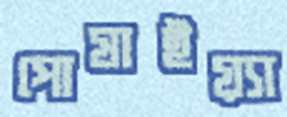
পোষাইয়্যা